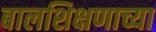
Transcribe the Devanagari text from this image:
बालशिक्षणाच्या